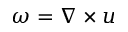
\omega = \nabla \times u